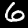
Digit: 6